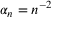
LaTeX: \alpha _ { n } = n ^ { - 2 }